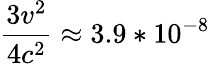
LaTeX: {\frac{3v^{2}}{4c^{2}}}\approx 3.9*10^{-8}